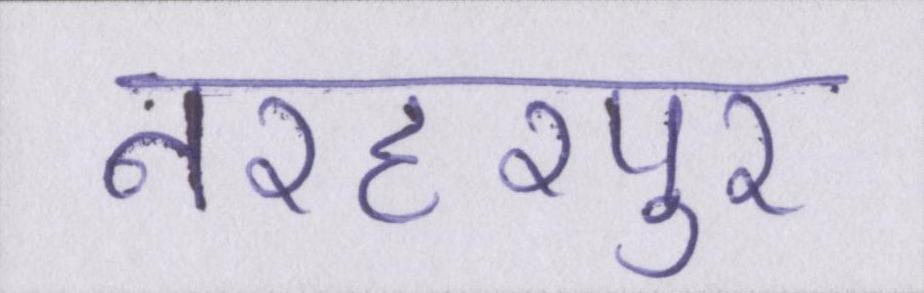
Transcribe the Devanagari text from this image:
नरहरपुर